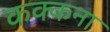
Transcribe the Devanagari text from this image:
कक्कना